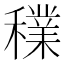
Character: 𥣈